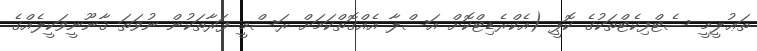
ތަޢުލީމީ ސެޓްފިކެޓްތަކުގެ ކޮޕީ (އެކްރެޑިޓްކޮށް އަސްލާ އެއްގޮތްކަމަށް ރަސްމީ ފަރާތަކުން ނުވަތަ ޤާނޫނީވަކީލެއްގެ